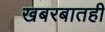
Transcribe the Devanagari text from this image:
खबरबातही